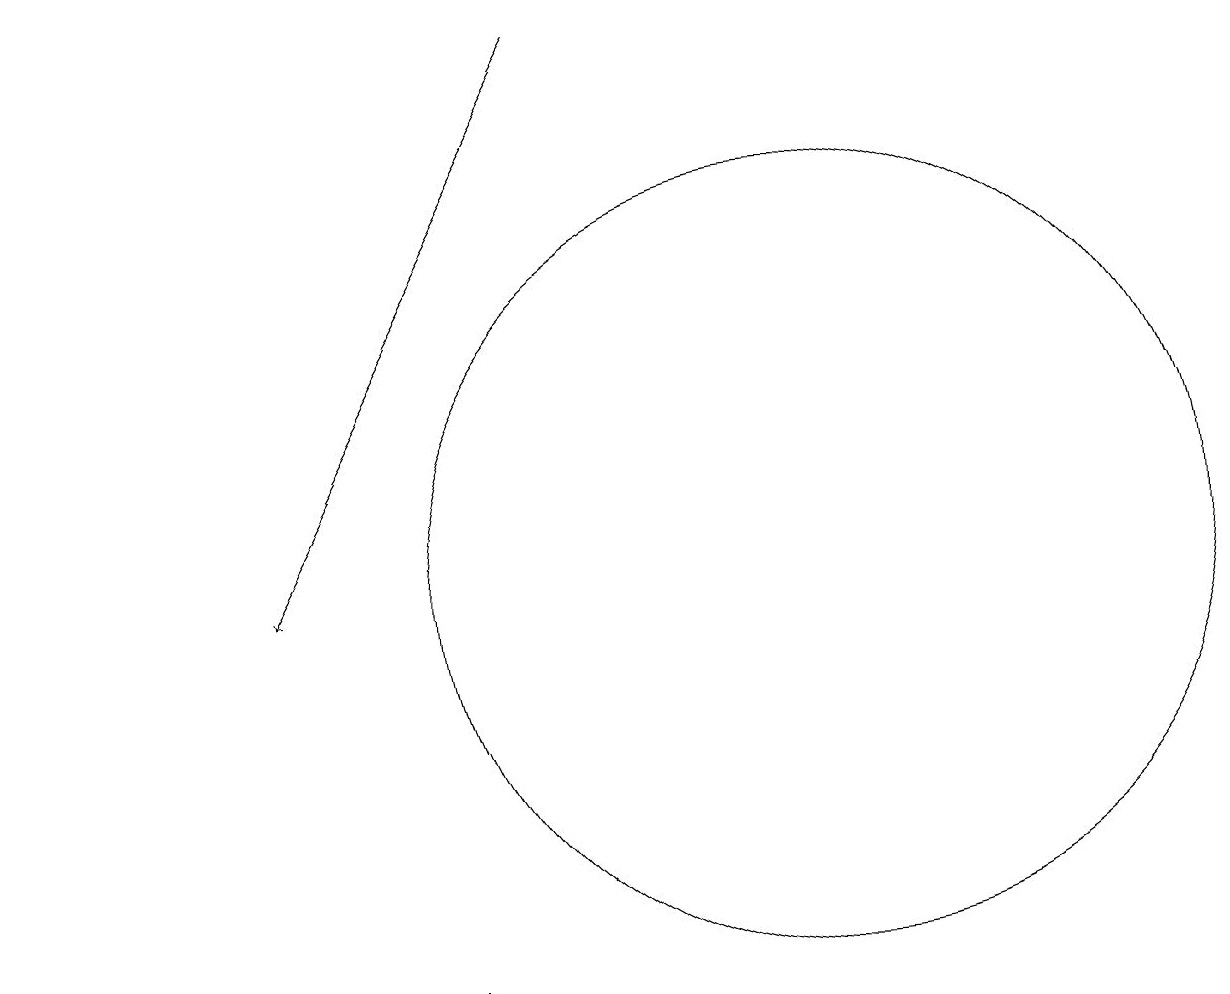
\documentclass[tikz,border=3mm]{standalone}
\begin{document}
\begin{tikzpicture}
\draw[->] (7,18) -- (3,11);
\draw (4,6) -- (0,6) -- (5,6) -- cycle;
\draw (10,11) circle (5);
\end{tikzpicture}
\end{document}